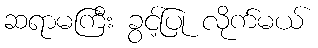
ဆရာမကြီး ခွင့်ပြု လိုက်မယ်